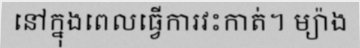
នៅក្នុងពេលធ្វើការវះកាត់។ ម្យ៉ាង